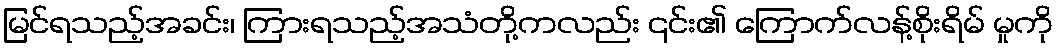
မြင်ရသည့်အခင်း၊ ကြားရသည့်အသံတို့ကလည်း ၎င်း၏ ကြောက်လန့်စိုးရိမ် မှုကို